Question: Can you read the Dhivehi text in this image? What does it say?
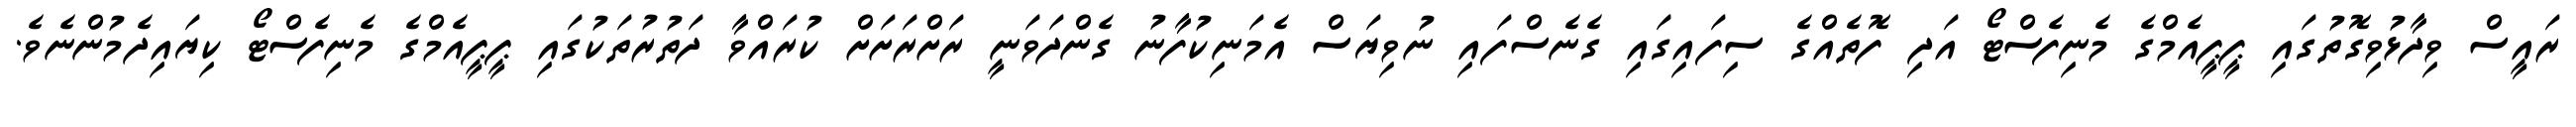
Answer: ރައީސް ވިދާޅުވިގޮތުގައި ޕީޕީއެމްގެ މެނިފެސްޓޯ އަދި ފޮތެއްގެ ސިފައިގައި ގެނެސްފައި ނުވިޔަސް އެމަނިކުފާނު ގެންދަވަނީ ރަށްރަށަށް ކުރައްވާ ދަތުރުތަކުގައި ޕީޕީއެމްގެ މެނިފެސްޓޯ ކިޔައިދެމުންނެވެ.